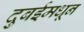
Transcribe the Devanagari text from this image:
दुबईमधून